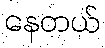
နေတယ်